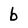
Character: b